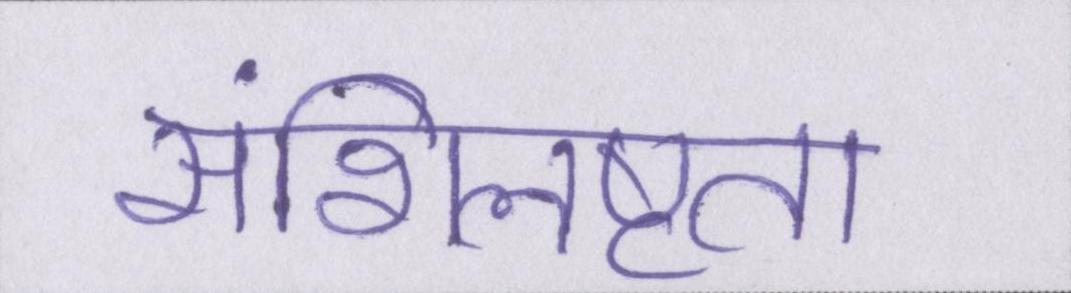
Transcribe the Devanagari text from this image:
संशिलष्टता